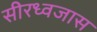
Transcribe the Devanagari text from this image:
सीरध्वजास